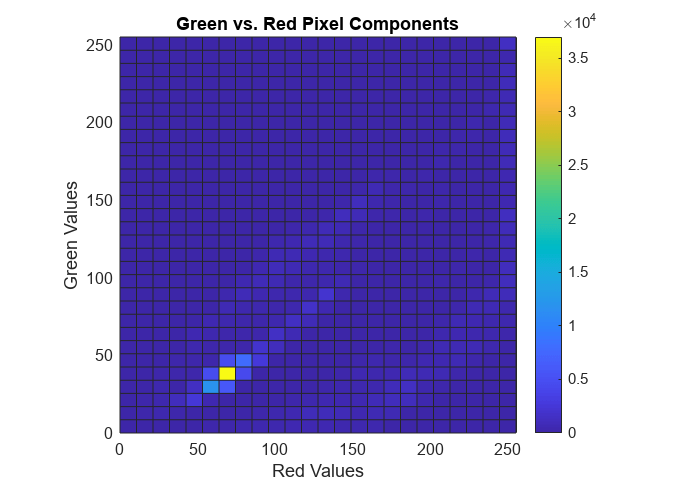
matlab, histogram2, colorbar, xlabel, ylabel, title